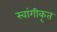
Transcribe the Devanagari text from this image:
स्वांगीकृत